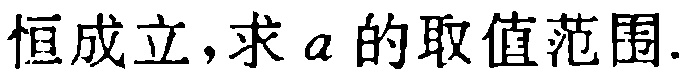
恒成立，求 \(a\) 的取值范围.